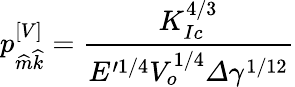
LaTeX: p_{\widehat{m}\widehat{k}}^{\left[V\right]}=\frac{K_{Ic}^{4/3}}{E^{\prime 1/4}V_{o}^{1/4}\varDelta\gamma^{1/12}}